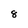
Character: 8